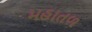
મહાતળ